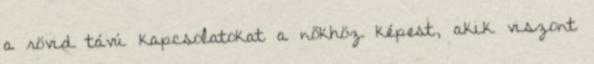
a rövid távú kapcsolatokat a nőkhöz képest, akik viszont